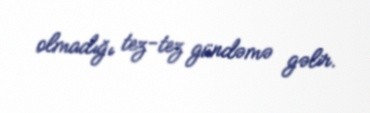
olmadığı tez-tez gündəmə gəlir.